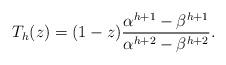
LaTeX: \begin{align*} T_h(z) = (1-z)\frac{\alpha^{h+1}-\beta^{h+1}}{\alpha^{h+2}-\beta^{h+2}}. \end{align*}